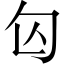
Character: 匃